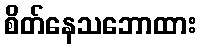
စိတ်နေသဘောထား